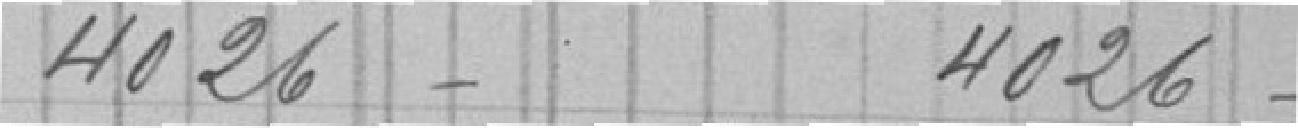
4026 -       4026 -